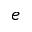
e